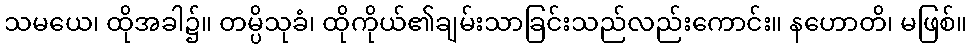
သမယေ၊ ထိုအခါ၌။ တမ္ပိသုခံ၊ ထိုကိုယ်၏ချမ်းသာခြင်းသည်လည်းကောင်း။ နဟောတိ၊ မဖြစ်။